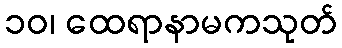
၁၀၊ ထေရာနာမကသုတ်